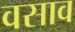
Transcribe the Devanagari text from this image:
वसाव